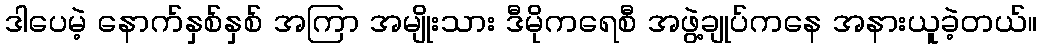
ဒါပေမဲ့ နောက်နှစ်နှစ် အကြာ အမျိုးသား ဒီမိုကရေစီ အဖွဲ့ချုပ်ကနေ အနားယူခဲ့တယ်။